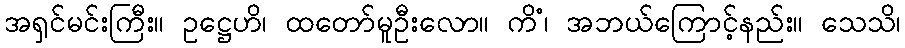
အရှင်မင်းကြီး။ ဥဋ္ဌေဟိ၊ ထတော်မူဦးလော။ ကိံ၊ အဘယ်ကြောင့်နည်း။ သေသိ၊